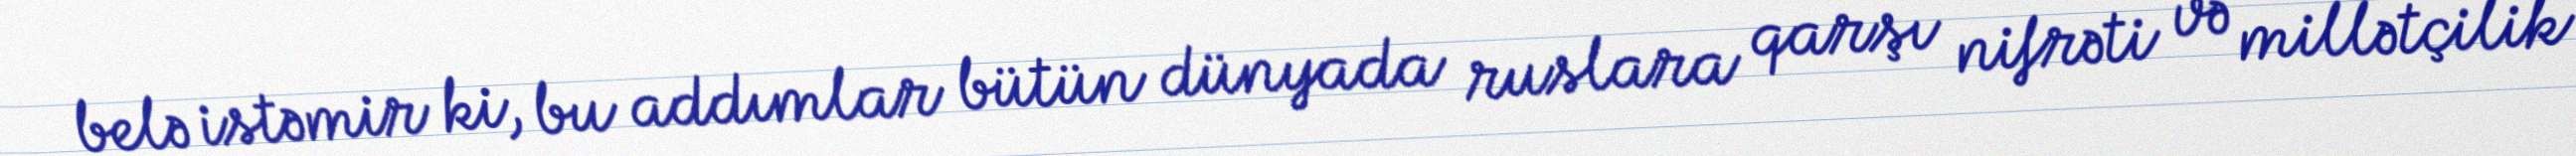
belə istəmir ki, bu addımlar bütün dünyada ruslara qarşı nifrəti və millətçilik